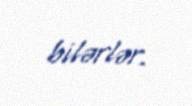
bilərlər.